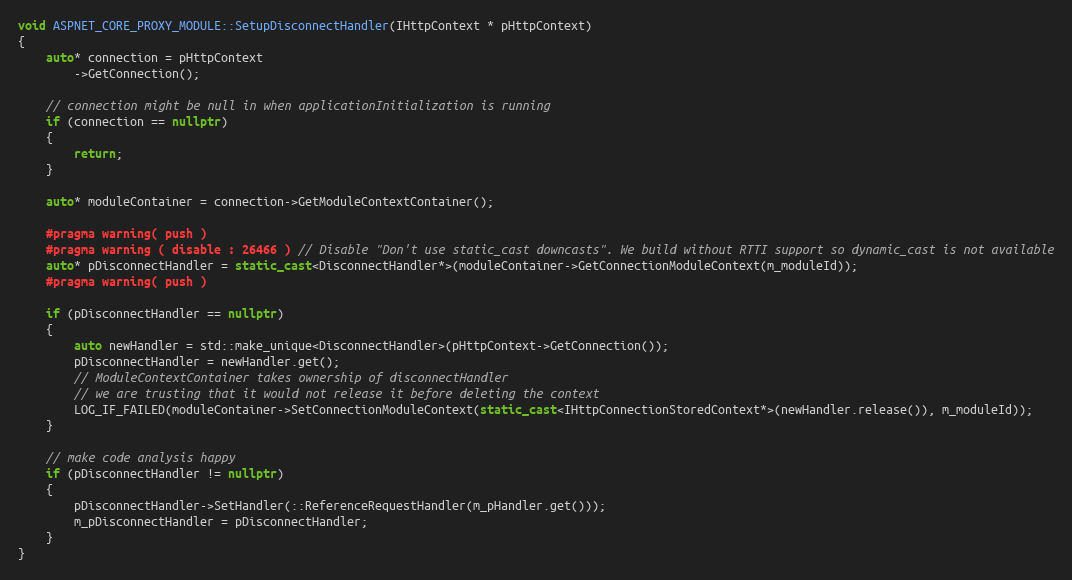
Language: C++
void ASPNET_CORE_PROXY_MODULE::SetupDisconnectHandler(IHttpContext * pHttpContext)
{
    auto* connection = pHttpContext
        ->GetConnection();

    // connection might be null in when applicationInitialization is running
    if (connection == nullptr)
    {
        return;
    }

    auto* moduleContainer = connection->GetModuleContextContainer();

    #pragma warning( push )
    #pragma warning ( disable : 26466 ) // Disable "Don't use static_cast downcasts". We build without RTTI support so dynamic_cast is not available
    auto* pDisconnectHandler = static_cast<DisconnectHandler*>(moduleContainer->GetConnectionModuleContext(m_moduleId));
    #pragma warning( push )

    if (pDisconnectHandler == nullptr)
    {
        auto newHandler = std::make_unique<DisconnectHandler>(pHttpContext->GetConnection());
        pDisconnectHandler = newHandler.get();
        // ModuleContextContainer takes ownership of disconnectHandler
        // we are trusting that it would not release it before deleting the context
        LOG_IF_FAILED(moduleContainer->SetConnectionModuleContext(static_cast<IHttpConnectionStoredContext*>(newHandler.release()), m_moduleId));
    }

    // make code analysis happy
    if (pDisconnectHandler != nullptr)
    {
        pDisconnectHandler->SetHandler(::ReferenceRequestHandler(m_pHandler.get()));
        m_pDisconnectHandler = pDisconnectHandler;
    }
}